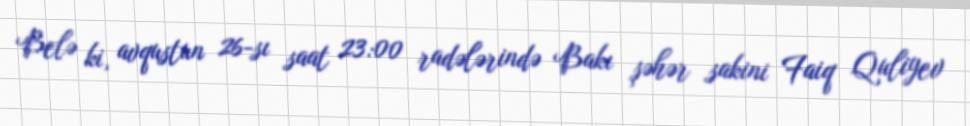
Belə ki, avqustun 26-sı saat 23:00 radələrində Bakı şəhər sakini Faiq Quliyev